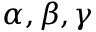
\alpha , \beta , \gamma